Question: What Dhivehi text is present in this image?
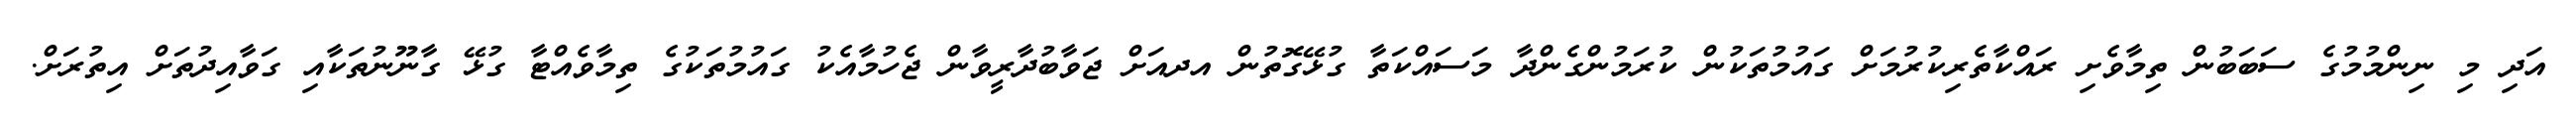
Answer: އަދި މި ނިންމުމުގެ ސަބަބުން ތިމާވެށި ރައްކާތެރިކުރުމަށް ގައުމުތަކުން ކުރަމުންގެންދާ މަސައްކަތާ ގުޅޭގޮތުން އދއަށް ޖަވާބުދާރީވާން ޖެހުމާއެކު ގައުމުތަކުގެ ތިމާވެއްޓާ ގުޅޭ ގާނޫނުތަކާއި ގަވާއިދުތަށް އިތުރަށް.